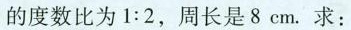
的度数比为$$1 : 2$$，周长是8cm.求：